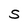
Character: S